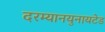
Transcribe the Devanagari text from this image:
दरम्यानयुनायटेड